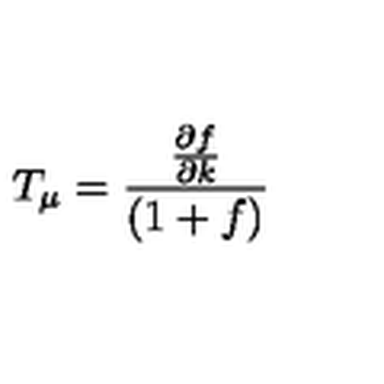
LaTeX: T _ { \mu } = \frac { \frac { \partial f } { \partial k } } { ( 1 + f ) }